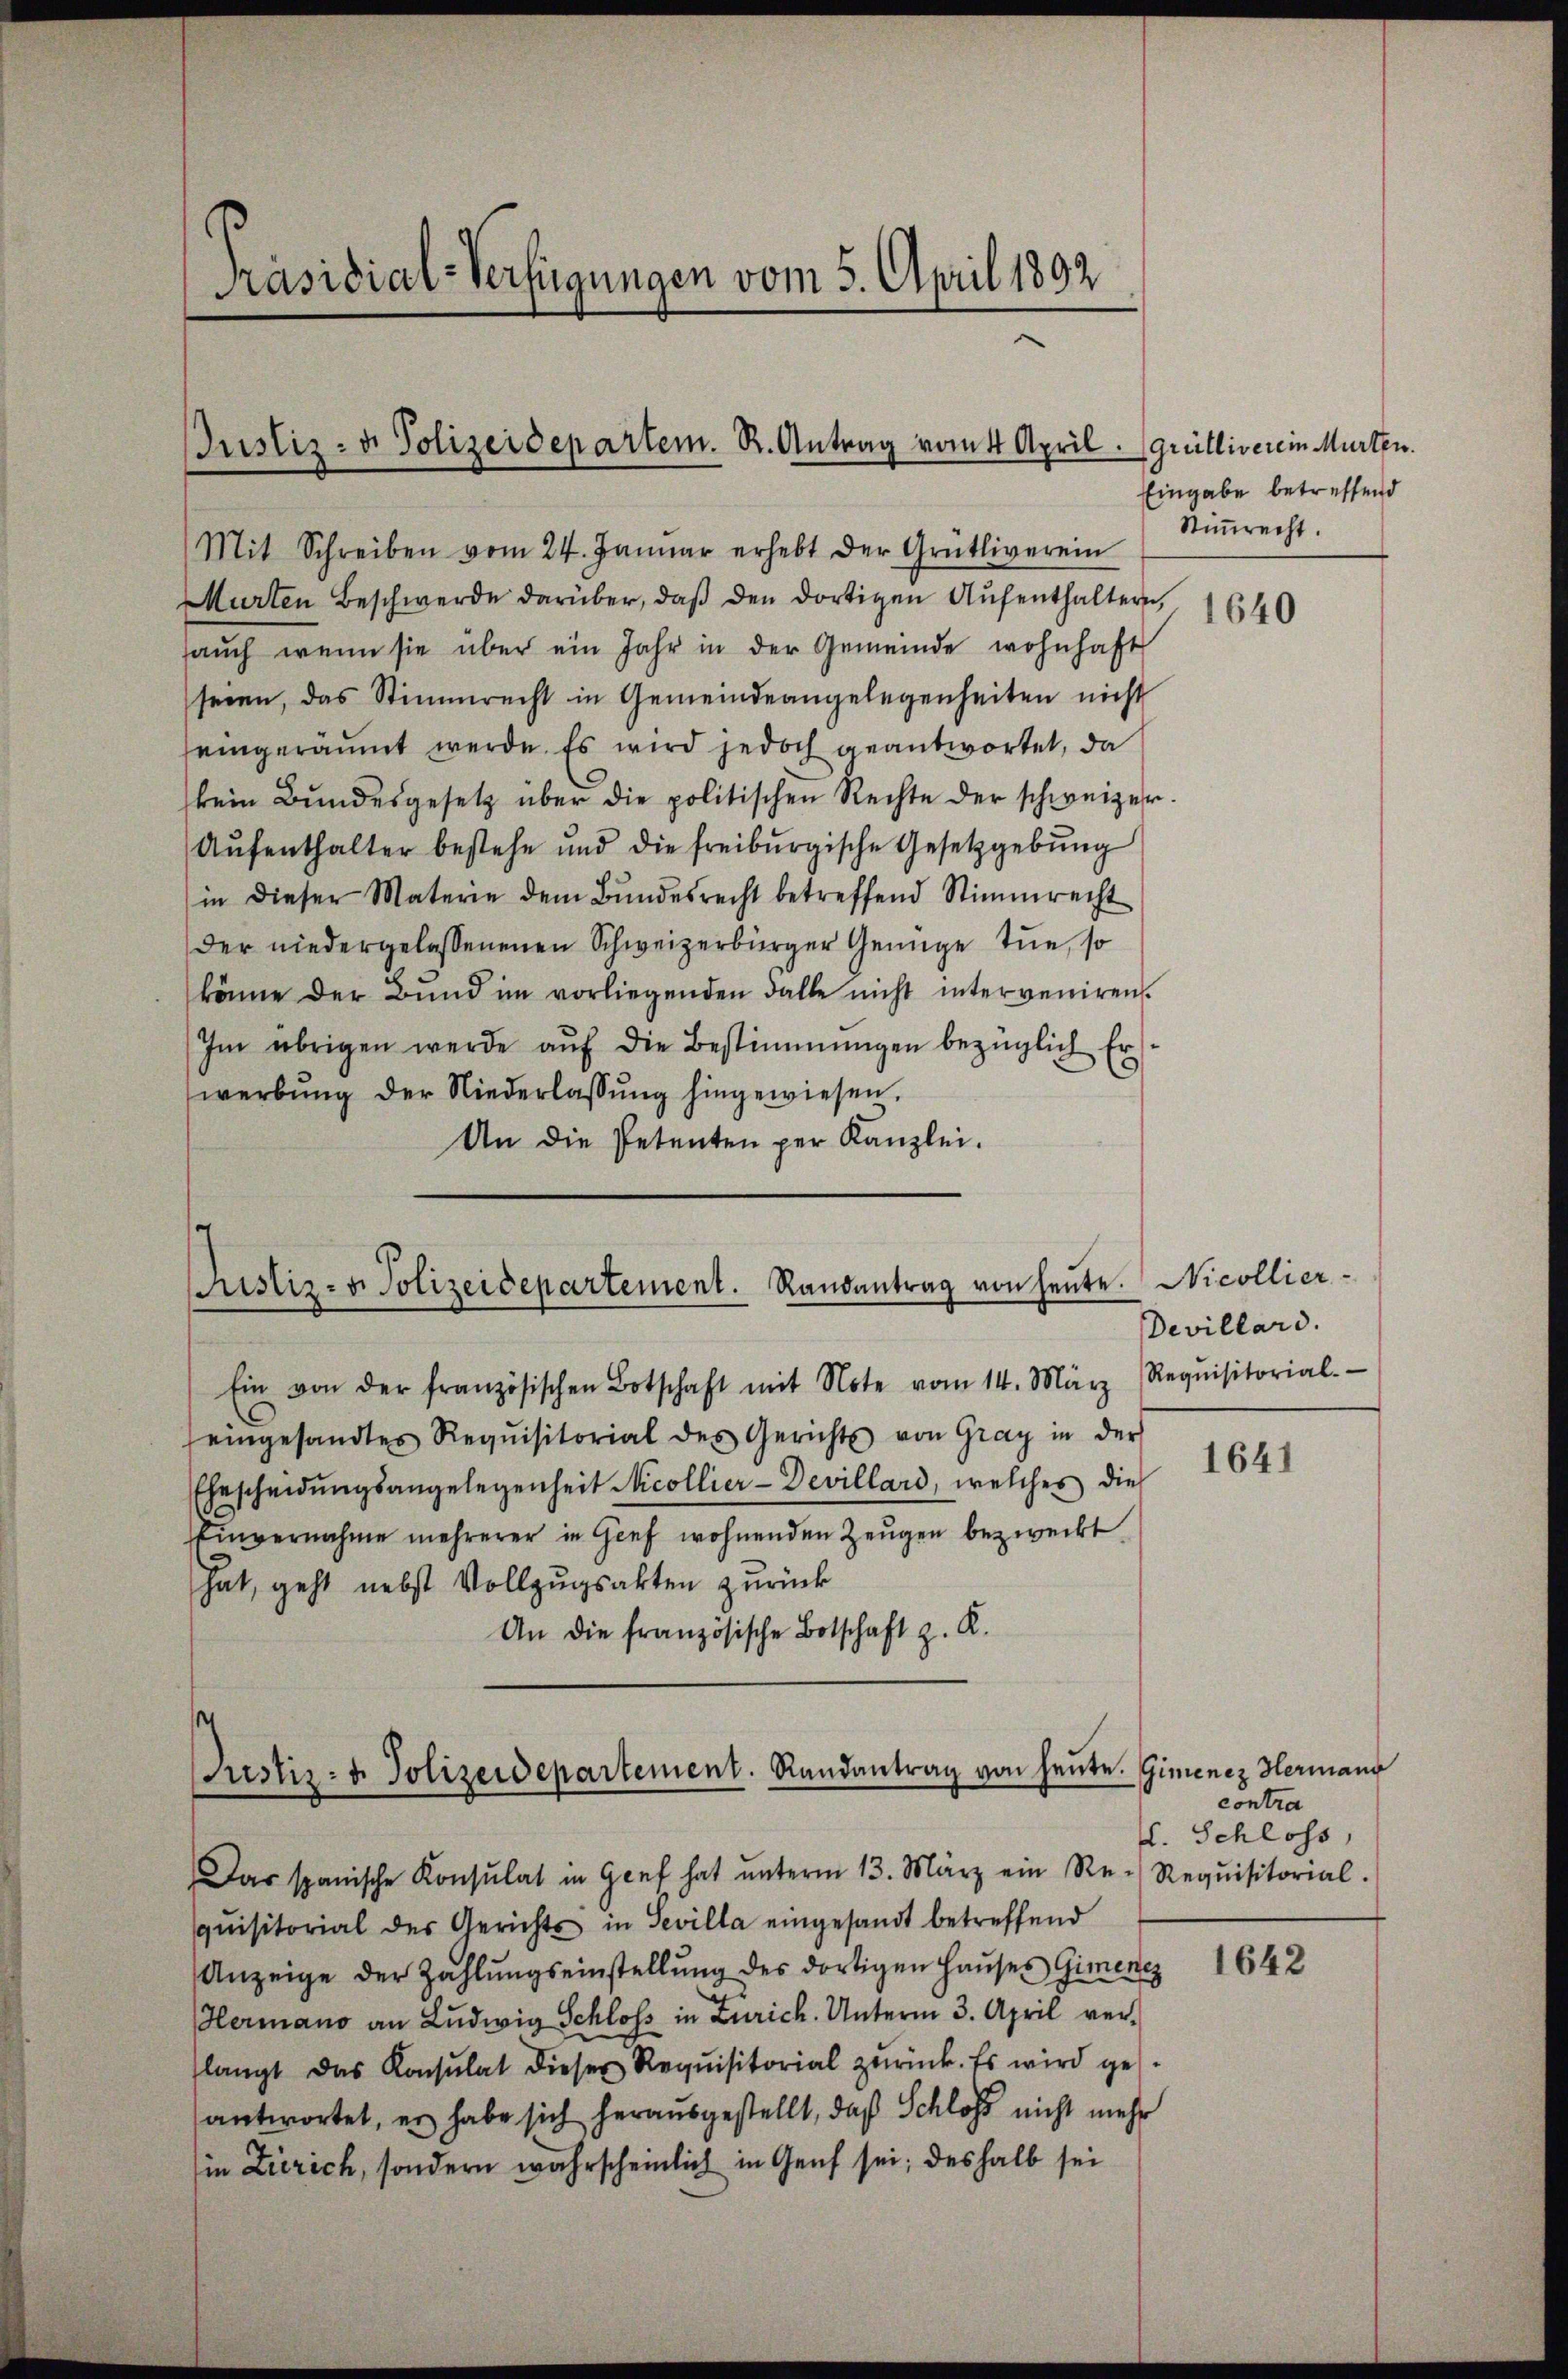
Präsidial-Verfügungen vom 5. April 1892.

Justiz- u. Polizeidepartem. R. Antrag vom 4 April.

Mit Schreiben vom 24. Januar erhebt der Grütliverein
Murten Beschwerde darüber, daβ den dortigen Aŭfenthaltern,
aŭch wenn sie über ein Jahr in der Gemeinde wohnhaft
seien, das Stimmrecht in Gemeindeangelegenheiten nicht
seingeräumt werde. Es wird jedoch geantwortet, da
kein Bŭndesgesetz über die politischen Rechte der schweizer-
Aŭfenthalter bestehe und die freiburgische Gesetzgebŭng
in dieser Materie dem Bŭndesrecht betreffend Stimmrecht
der niedergelassenenen Schweizerbürger Genüge tue, so
könne der Bund im vorliegenden Falle nicht interveniren.
Im übrigen werde aŭf die Bestimmungen bezüglich Er
werbŭng der Niederlassŭng hingewiesen.
An die Petenten per Kanzlei.

ristiz- u. Polizeidepartement. Randantrag von heute.

s
ustiz- u. Polizeidepartement. Randantrag von heute.

Ein von der französischen Botschaft mit Note vom 14. März
eingesandtes Requisitorial des Gerichts von Gray in der
Ehescheidŭngsangelegenheit Nicollier-Devillard, welches die
Einvernahme mehrerer in Genf wohnenden Zeŭgen bezweckt.
hat, geht nebst Vollzugsakten zurück
An die französische Botschaft z. R.

Das spanische Konsulat in Genf hat ŭnterm 13. März ein Re- Requisitorial.
quisitorial des Gerichts in Sevilla eingesandt betreffend
Anzeige der Zahlŭngseinstellŭng des dortigen Haŭses Gimentz
Hermano an Ludwig Schloss in Zürich. Unterm 3. April verlangt das Konsulat dieser Requisitorial zurück. Es wird gesantwortet, es habe sich herausgestellt, daß Schloss nicht mehr
in Zürich, sondern wahrscheinlich in Genf sei; deshalb sei

Grülliverein Murten.
Eingabe betreffend
Stimmrecht.

1640

Nicollier-
Devillari.
Requisitorial-

1641

Gimenez Hermann
contra
f. Schloss,

1642